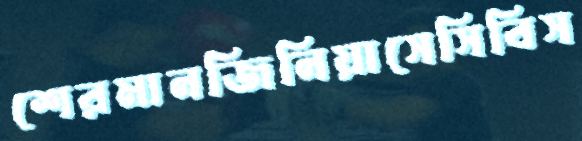
শেরমানজিনিয়াসেসিবিস